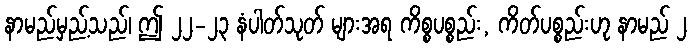
နာမည်မှည့်သည်၊ ဤ ၂၂-၂၃ နံပါတ်သုတ် များအရ ကိစ္စပစ္စည်း, ကိတ်ပစ္စည်းဟု နာမည် ၂